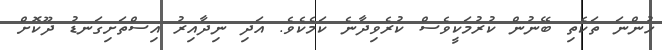
ހުންނަ ތަކެތި ބޭނުން ކުރުމަކީވެސް ކުރެވިދާނެ ކަމެކެވެ. އަދި ނިދާއިރު އިސްތަށިގަނޑު ދޫކޮށް